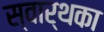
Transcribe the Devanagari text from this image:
स्वार्थका